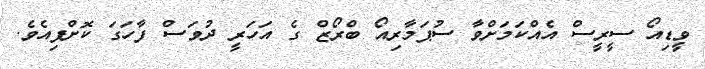
ވީޑިއޯ ސީރީސް އެއްކަމަށްވާ ސުޕަމާރިއޯ ބްރޯޒް ގެ އަހަރީ ދުވަސް ފާހަގަ ކޮށްފިއެވެ.